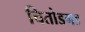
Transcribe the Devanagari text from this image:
चितोडगड